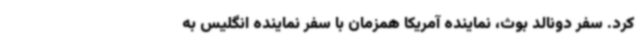
کرد. سفر دونالد بوث، نماینده آمریکا همزمان با سفر نماینده انگلیس به